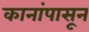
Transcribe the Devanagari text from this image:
कानांपासून